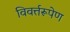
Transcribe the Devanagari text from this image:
विवर्त्तरूपेण